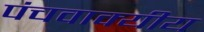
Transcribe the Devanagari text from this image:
पंचवाक्यीय